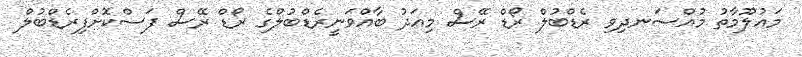
މައުލޫމާތު މުއްސަނދިވި ރެޑްބުލް ރޯޑް ރޭސް މިއަދު ބާއްވަނީރެޑްބުލްގެ ރޯޑް ރޭސް ފަސްކޮށްފިރެޑްބުލް